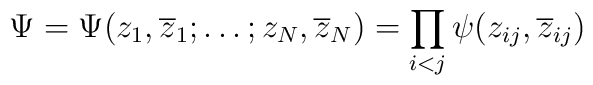
\Psi=\Psi(z_{1},\overline{z}_{1};\ldots ;z_{N},\overline{z}_{N})              =\prod_{\scriptstyle i<j}\psi(z_{ij},\overline{z}_{ij})